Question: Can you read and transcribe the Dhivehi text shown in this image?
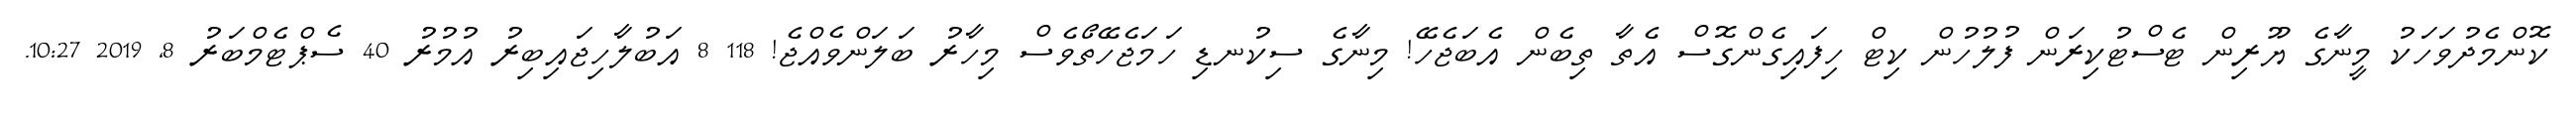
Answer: ކޮންމެދުވަހަކު މީނާގެ ޔޫރިން ޓެސްޓުކިރަން ފުލުހުން ކިޓް ހިފައިގެންގޮސް އެތާ ތިބެން އެބަޖެހޭ! މިނާގެ ސިކުނޑި ހަމަޖެހޭތޯވެސް މިހާރު ބަލަންވެއްޖެ! 118 8 އަބުލާހިޖައިބިރު އުމުރު 40 ސެޕްޓެމްބަރު 8, 2019 10:27.